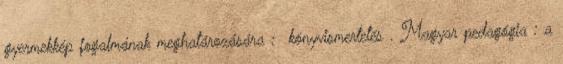
gyermekkép fogalmának meghatározására : könyvismertetés . Magyar pedagógia : a